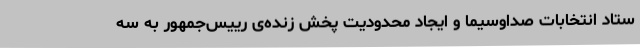
ستاد انتخابات صداوسیما و ایجاد محدودیت پخش زنده‌ی رییس‌جمهور به سه